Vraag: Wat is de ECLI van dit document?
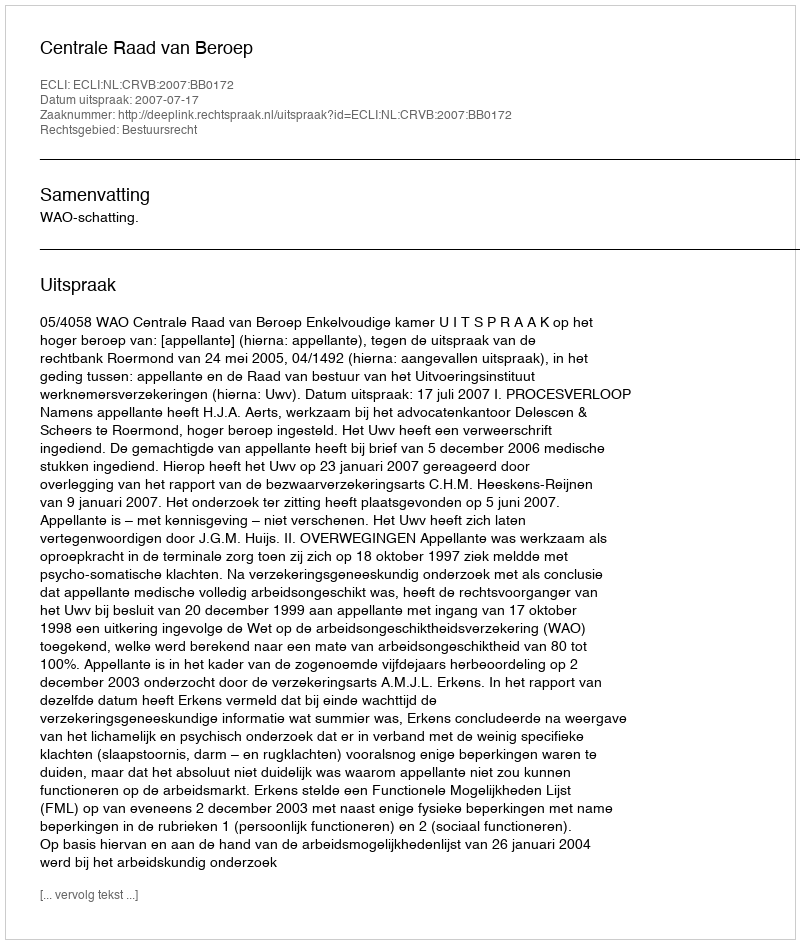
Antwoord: ECLI:NL:CRVB:2007:BB0172